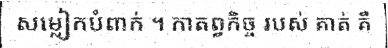
សម្លៀកបំពាក់ ។ កាតព្វកិច្ច របស់ គាត់ គឺ